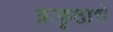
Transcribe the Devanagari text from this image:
प्राकृताचे